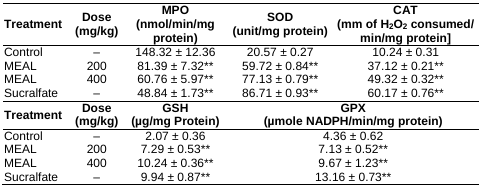
<table><thead><tr><td><b>Treatment</b></td><td><b>Dose (mg/kg)</b></td><td><b>MPO (nmol/min/mg protein)</b></td><td><b>SOD (unit/mg protein)</b></td><td><b>CAT (mm of H<sub>2</sub>O<sub>2</sub> consumed/min/mg protein]</b></td></tr></thead><tbody><tr><td>Control</td><td>–</td><td>148.32 ± 12.36</td><td>20.57 ± 0.27</td><td>10.24 ± 0.31</td></tr><tr><td>MEAL</td><td>200</td><td>81.39 ± 7.32<sup>**</sup></td><td>59.72 ± 0.84<sup>**</sup></td><td>37.12 ± 0.21<sup>**</sup></td></tr><tr><td>MEAL</td><td>400</td><td>60.76 ± 5.97<sup>**</sup></td><td>77.13 ± 0.79<sup>**</sup></td><td>49.32 ± 0.32<sup>**</sup></td></tr><tr><td>Sucralfate</td><td>–</td><td>48.84 ± 1.73<sup>**</sup></td><td>86.71 ± 0.93<sup>**</sup></td><td>60.17 ± 0.76<sup>**</sup></td></tr><tr><td><b>Treatment</b></td><td><b>Dose (mg/kg)</b></td><td><b>GSH (μg/mg Protein)</b></td><td colspan="2"><b>GPX (μmole NADPH/min/mg protein)</b></td></tr><tr><td>Control</td><td>–</td><td>2.07 ± 0.36</td><td colspan="2">4.36 ± 0.62</td></tr><tr><td>MEAL</td><td>200</td><td>7.29 ± 0.53<sup>**</sup></td><td colspan="2">7.13 ± 0.52<sup>**</sup></td></tr><tr><td>MEAL</td><td>400</td><td>10.24 ± 0.36<sup>**</sup></td><td colspan="2">9.67 ± 1.23<sup>**</sup></td></tr><tr><td>Sucralfate</td><td>–</td><td>9.94 ± 0.87<sup>**</sup></td><td colspan="2">13.16 ± 0.73<sup>**</sup></td></tr></tbody></table>